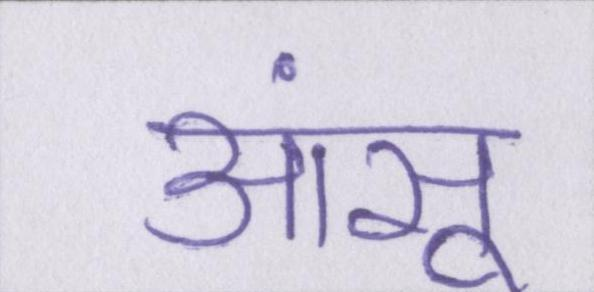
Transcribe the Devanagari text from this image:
आंसू